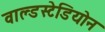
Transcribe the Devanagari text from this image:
वाल्डस्टेडियोन